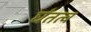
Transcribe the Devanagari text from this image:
घंतत्व